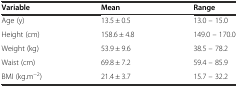
| Variable | Mean | Range |
 | --- | --- | --- |
 | Age (y) | 13.5 ± 0.5 | 13.0 – 15.0 |
 | Height (cm) | 158.6 ± 4.8 | 149.0 – 170.0 |
 | Weight (kg) | 53.9 ± 9.6 | 38.5 – 78.2 |
 | Waist (cm) | 69.8 ± 7.2 | 59.4 – 85.9 |
 | BMI (kg.m−2) | 21.4 ± 3.7 | 15.7 – 32.2 |